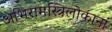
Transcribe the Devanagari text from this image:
अभिरामस्त्रिलोकानां